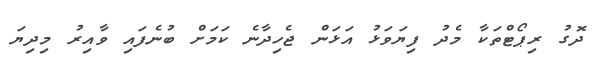
ދޮގު ރިޕޯޓްތަކާ މެދު ފިޔަވަޅު އަޅަން ޖެހިދާނެ ކަމަށް ބުނެފައި ވާއިރު މިދިޔަ